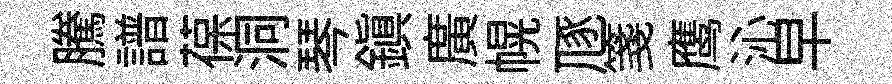
騰譜葆洞琴鎮廣幌豗箋鹰沁早